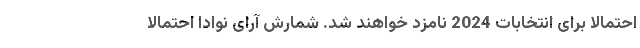
احتمالاً برای انتخابات 2024 نامزد خواهند شد. شمارش آرای نوادا احتمالا